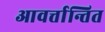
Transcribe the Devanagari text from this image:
आवर्त्तान्तित